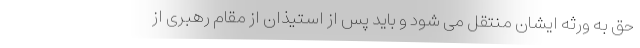
حق به ورثه ایشان منتقل می شود و باید پس از استیذان از مقام رهبری از